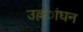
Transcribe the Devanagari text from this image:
उल्ल्ांघन